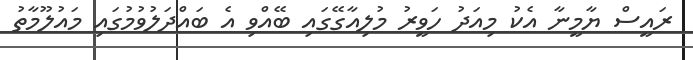
ރައީސް ޔާމީނާ އެކު މިއަދު ހަވީރު މުލިއާގޭގައި ބޭއްވި އެ ބައްދަލުވުމުގައި މައުލޫމާތު